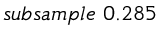
s u b s a m p l e \ 0 . 2 8 5